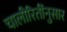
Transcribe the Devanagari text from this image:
चालीरितींनुसार